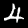
Digit: 4